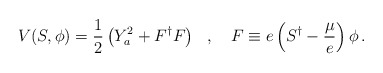
\begin{align*}V(S,\phi )=\frac{1}{2}\left( Y_{a}^{2}+F^{\dagger }F\right) \, \, \, \, ,\, \, \, \, \, \, F\equiv e\left( S^{\dagger }-\frac{\mu }{e}\right) \phi \, .\end{align*}